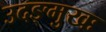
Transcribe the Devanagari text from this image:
उदङ्मुखः